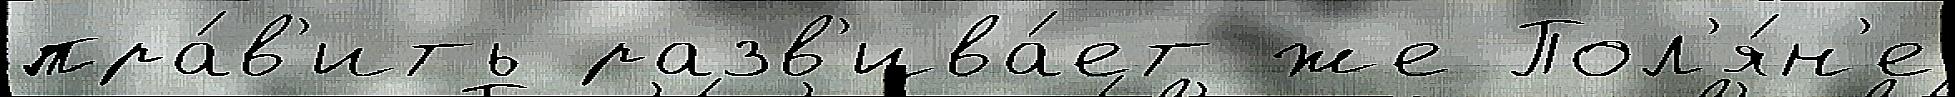
пра́в'ить разв'ива́ет же Пол'я́н'е